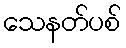
သေနတ်ပစ်